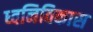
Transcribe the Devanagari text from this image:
ध्वनिविकास